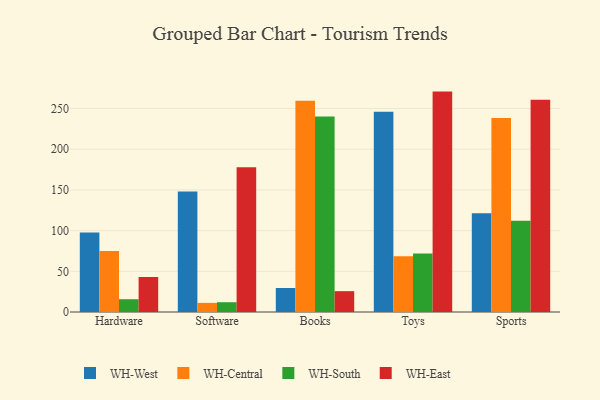
{"axis": {"x": "Category", "y": "Inventory Turnover"}, "legend": ["WH-Central", "WH-East", "WH-South", "WH-West"], "data": [{"x": "Hardware", "y": 97.7, "type": "WH-West"}, {"x": "Hardware", "y": 75.1, "type": "WH-Central"}, {"x": "Hardware", "y": 15.7, "type": "WH-South"}, {"x": "Hardware", "y": 43.0, "type": "WH-East"}, {"x": "Software", "y": 148.2, "type": "WH-West"}, {"x": "Software", "y": 11.2, "type": "WH-Central"}, {"x": "Software", "y": 12.0, "type": "WH-South"}, {"x": "Software", "y": 178.0, "type": "WH-East"}, {"x": "Books", "y": 29.5, "type": "WH-West"}, {"x": "Books", "y": 259.6, "type": "WH-Central"}, {"x": "Books", "y": 240.1, "type": "WH-South"}, {"x": "Books", "y": 25.6, "type": "WH-East"}, {"x": "Toys", "y": 246.1, "type": "WH-West"}, {"x": "Toys", "y": 68.6, "type": "WH-Central"}, {"x": "Toys", "y": 72.0, "type": "WH-South"}, {"x": "Toys", "y": 270.8, "type": "WH-East"}, {"x": "Sports", "y": 121.4, "type": "WH-West"}, {"x": "Sports", "y": 238.3, "type": "WH-Central"}, {"x": "Sports", "y": 112.1, "type": "WH-South"}, {"x": "Sports", "y": 260.9, "type": "WH-East"}]}